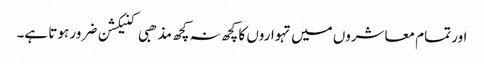
اور تمام معاشروں میں تہواروں کا کچھ نہ کچھ مذھبی کنیکشن ضرور ہوتا ہے۔